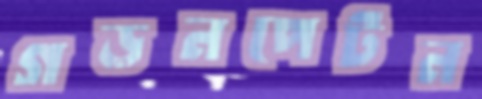
গড়নপেটন